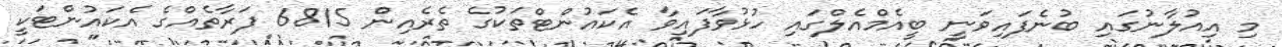
މި އިއުލާނުގައި ބުނެފައިވަނީ ބީއެމްއެލްގައި ހުޅުވާފައިވާ އެކައުންޓްތަކުގެ ތެރެއިން 6815 ފަރާތެއްގެ އެކައުންޓަކީ